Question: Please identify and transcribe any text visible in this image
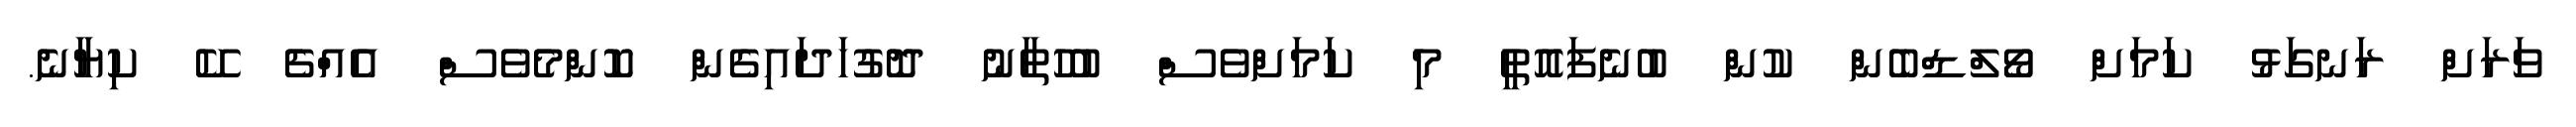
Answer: ވަރަށް ރަނގަޅު ކަމަށް ވޯލްޑްބެން ކުން ބުނެފައޮތީ މި ކަމަށްވެސް ބުހުތާނު ދޮގުހަދައިގެން ކޮންމެވެސް އެއްޗެ ކޭ ކިޔާނެ.